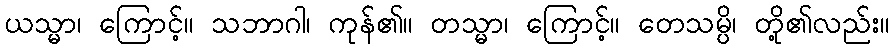
ယသ္မာ၊ ကြောင့်။ သဘာဂါ၊ ကုန်၏။ တသ္မာ၊ ကြောင့်။ တေသမ္ပိ၊ တို့၏လည်း။